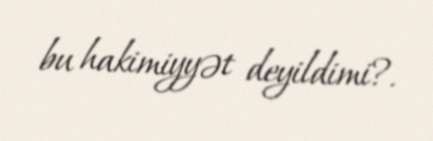
bu hakimiyyət deyildimi?.